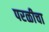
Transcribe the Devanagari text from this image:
परळीचा